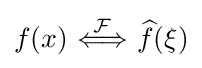
f(x)\ {\stackrel {\mathcal {F}}{\Longleftrightarrow }}\ {\widehat {f}}(\xi )